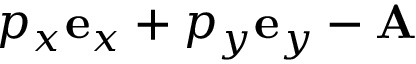
p _ { x } \mathbf { e } _ { x } + p _ { y } \mathbf { e } _ { y } - \mathbf { A }